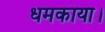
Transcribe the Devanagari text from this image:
धमकाया।